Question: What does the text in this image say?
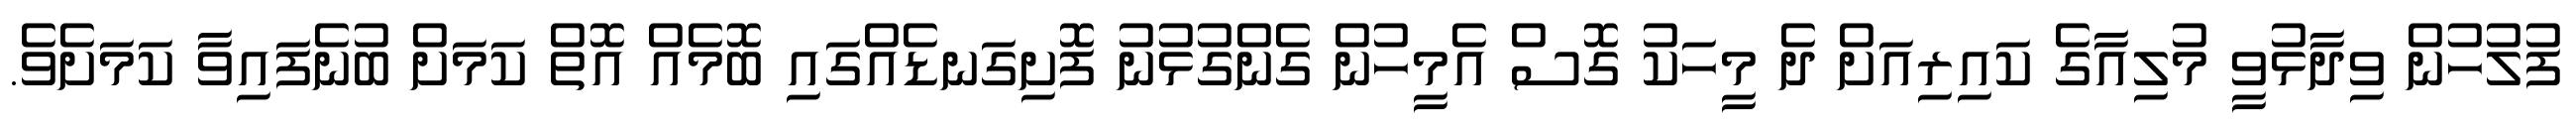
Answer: ފުލުހުން ވިދާޅުވީ މުލިއާގެ ކައިރިއަށް ދެ މީހަކު ގޮސް އެމީހުން ގެންގުޅުނު ފޮށިގަނޑެއްގައި ބޮމެއް އޮތް ކަމަށް ބުނެފައިވާ ކަމަށެވެ.